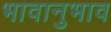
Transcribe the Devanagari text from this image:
भावानुभाव